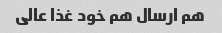
هم ارسال هم خود غذا عالی